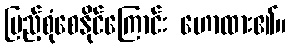
ပြည့်စုံစေနိုင်ကြောင်း ဟောထား၏။